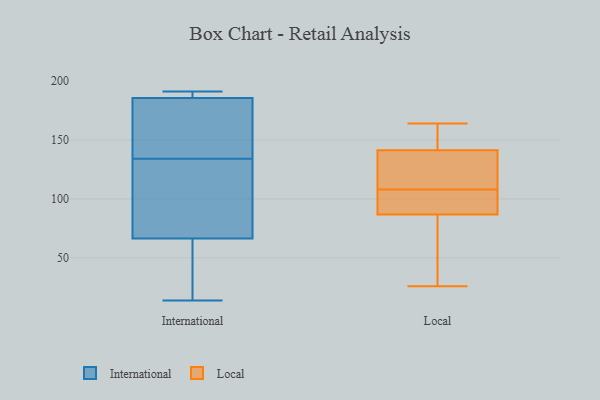
{"axis": {"x": "Demand Index", "y": "Value"}, "legend": ["International", "Local"], "data": [{"x": "", "y": 34, "type": "International"}, {"x": "", "y": 31, "type": "International"}, {"x": "", "y": 191, "type": "International"}, {"x": "", "y": 99, "type": "International"}, {"x": "", "y": 14, "type": "International"}, {"x": "", "y": 187, "type": "International"}, {"x": "", "y": 185, "type": "International"}, {"x": "", "y": 143, "type": "International"}, {"x": "", "y": 123, "type": "International"}, {"x": "", "y": 186, "type": "International"}, {"x": "", "y": 125, "type": "International"}, {"x": "", "y": 164, "type": "International"}, {"x": "", "y": 120, "type": "Local"}, {"x": "", "y": 139, "type": "Local"}, {"x": "", "y": 148, "type": "Local"}, {"x": "", "y": 83, "type": "Local"}, {"x": "", "y": 88, "type": "Local"}, {"x": "", "y": 109, "type": "Local"}, {"x": "", "y": 63, "type": "Local"}, {"x": "", "y": 26, "type": "Local"}, {"x": "", "y": 164, "type": "Local"}, {"x": "", "y": 158, "type": "Local"}, {"x": "", "y": 96, "type": "Local"}, {"x": "", "y": 96, "type": "Local"}, {"x": "", "y": 108, "type": "Local"}]}